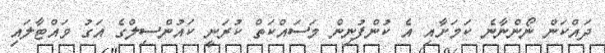
ދައްކަން ނޯންނާނެ ކަމަށާއި އެ ކުންފުނިން މަސައްކަތް ކުރަނީ ކައުންސިލްގެ އަގު ވައްޓާލައި